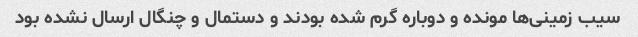
سیب زمینی‌ها مونده و دوباره گرم شده بودند و دستمال و چنگال ارسال نشده بود